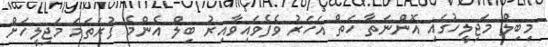
މިބިލް މަޖިލީހުގައި އޮންނަތާ ހަތް އަހަރު ވެފެވައިވާއިރު ބިލް އެންމެ ފުރަތަމަ މަޖިލީހަށް